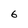
Character: 6